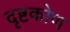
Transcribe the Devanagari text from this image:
दृष्टकोण